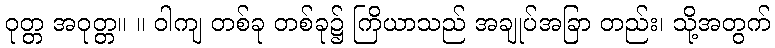
ဝုတ္တ အဝုတ္တ။ ။ ဝါကျ တစ်ခု တစ်ခု၌ ကြိယာသည် အချုပ်အခြာ တည်း၊ သို့အတွက်